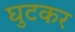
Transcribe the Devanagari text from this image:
घुटकर